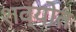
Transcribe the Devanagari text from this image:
शव्योत